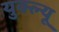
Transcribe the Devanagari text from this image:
युक्ल्यू